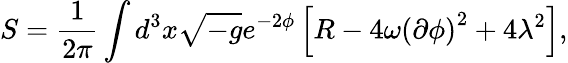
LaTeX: S=\frac{1}{2\pi}\int d^{3}x\sqrt{-g}e^{-2\phi}\left[R-4\omega\left(\partial\phi\right)^{2}+4\lambda^{2}\right],